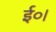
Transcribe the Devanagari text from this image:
ई०।